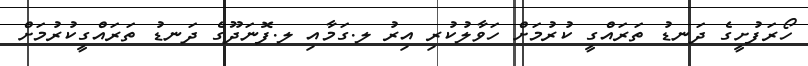
ހޯރަފުށީގެ ދަނޑު ތަރައްގީ ކުރުމަށް ހަވާލުކުރި އިރު ލ.ގަމާއި ލ.ފޮނަދޫގެ ދަނޑު ތަރައްގީކުރުމަށް